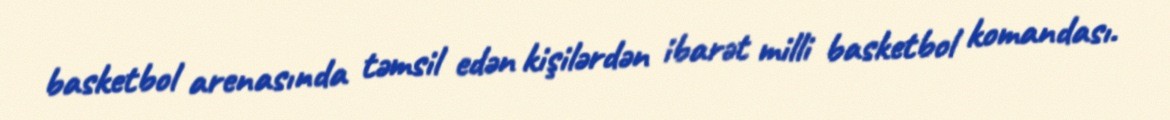
basketbol arenasında təmsil edən kişilərdən ibarət milli basketbol komandası.